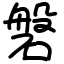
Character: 磐